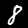
Digit: 8